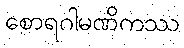
စောရဂါမဏိကဿ